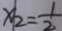
x _ { 2 } = \frac { 1 } { 2 }